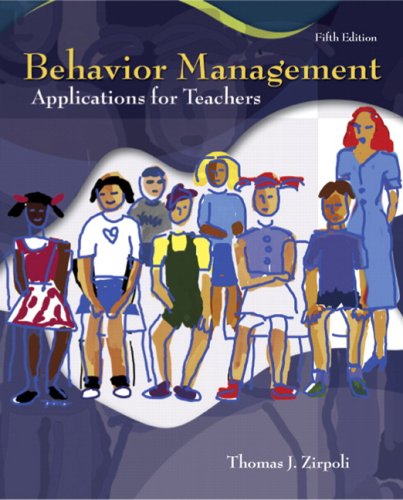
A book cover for Behavior Management: Applications for Teachers (5th Edition); Thomas J. Zirpoli; Medical Books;